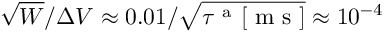
\sqrt { W } / \Delta V \approx 0 . 0 1 / \sqrt { \tau ^ { \mathrm { ~ a ~ } } [ \mathrm { ~ m ~ s ~ } ] } \approx 1 0 ^ { - 4 }